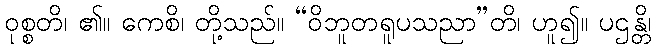
ဝုစ္စတိ၊ ၏။ ကေစိ၊ တို့သည်။ “ဝိဘူတရူပသညာ”တိ၊ ဟူ၍။ ပဌန္တိ၊